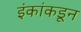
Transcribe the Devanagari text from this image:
इंकांकडून